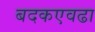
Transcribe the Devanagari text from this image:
बदकएवढा